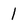
Character: 1